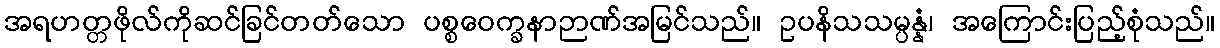
အရဟတ္တဖိုလ်ကိုဆင်ခြင်တတ်သော ပစ္စဝေက္ခနာဉာဏ်အမြင်သည်။ ဥပနိသသမ္ပန္နံ၊ အကြောင်းပြည့်စုံသည်။